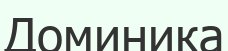
Доминика